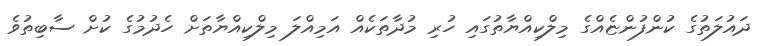
ދައުލަތުގެ ކުންފުންޏެއްގެ މިލްކިއްޔާތުގައި ހުރި މުދާތަކެއް އަމިއްލަ މިލްކިއްޔާތަށް ހެދުމުގެ ކުށް ސާބިތުވެ